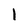
Character: I